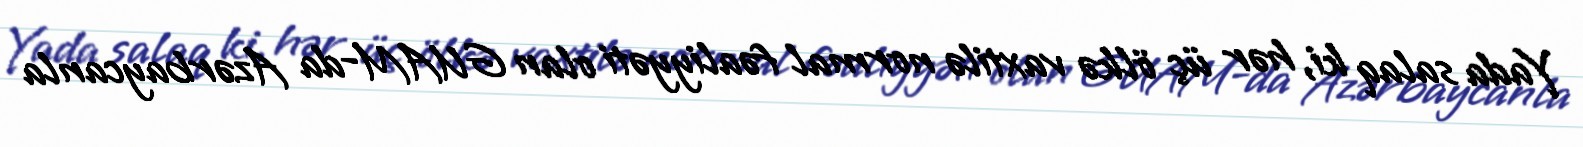
Yada salaq ki, hər üç ölkə vaxtilə normal fəaliyyəti olan GUAM-da Azərbaycanla